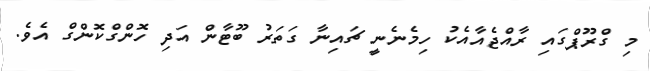
މި ގްރޫޕްގައި ރާއްޖެއާއެކު ހިމެނެނީ ޗައިނާ ގަތަރު ބޫޓާން އަދި ހޮޮންގްކޮންގް އެވެ.